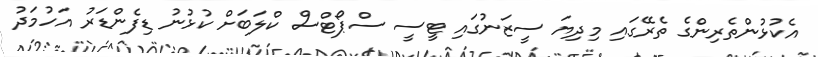
އެކުޅުންތެރިންގެ ތެރޭގައި މިދިޔަ ސީޒަނުގައި ޓީސީ ސްޕޯޓްްސް ކްލަބަށް ކުޅުނު ޑިފެންޑަރު އަހުމަދު